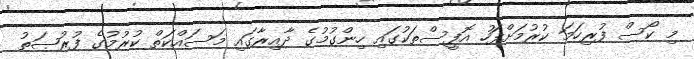
މި ކޯސް ފުރިހަމަ ކުރުމަށްފަހު އޮފީސްތަކުގައި ހިންގުމުގެ ދާއިރާގައި މަސައްކަތް ކުރުމުގެ ފުރުޞަތު